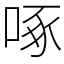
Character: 啄